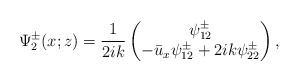
LaTeX: \begin{align*}\Psi^\pm_2(x;z)=\frac{1}{2ik}\begin{pmatrix}\psi^\pm_{12}\\-\bar{u}_x\psi^\pm_{12}+2ik\psi^\pm_{22}\end{pmatrix},\end{align*}